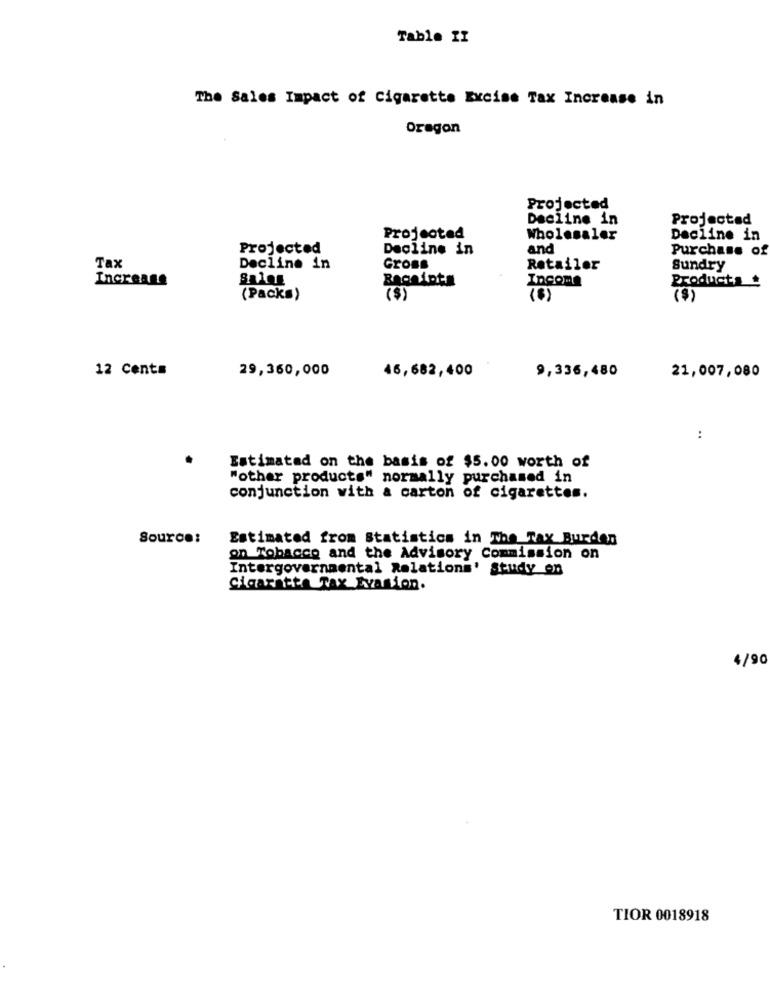
Table TI
The Sales Impact of Cigarette Excise Tax Increase in
Oregon
Projected
Decline in
Projectad
Projected
Wholesaler
Decline in
Projected
Decline in
and
Purchase of
Tax
Decline in
Gross
Retailer
Sundry
Increase
Sales
Income
Products _
(Packs)
(6)
12 Cents
29,360,000
46,682,400
9,336,480
21,007,080
:
Estimated on the basis of $5.00 worth of
"other products" normally purchased in
conjunction with a carton of cigarettes.
Source:
Estimated from Statistics in The Tax Burden
on Tobacco and the Advisory Commission on
Intergovernmental Relations' Study on
Cigarette Tax Evasion.
4/90
TIOR 0018918